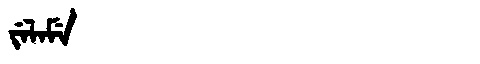
Manchu: ᠵᡝᠯᠠᠮᡝ
Romanization: JELAME